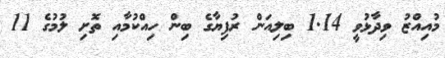
މުއިއްޒު ވިދާޅުވީ 1.14 ބިލިއަން ރުފިޔާގެ ބިން ހިއްކުމާއި ތޮށި ލުމުގެ 11